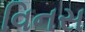
વિનસ